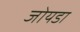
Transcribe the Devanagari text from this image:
जोयडा